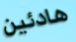
هادئين